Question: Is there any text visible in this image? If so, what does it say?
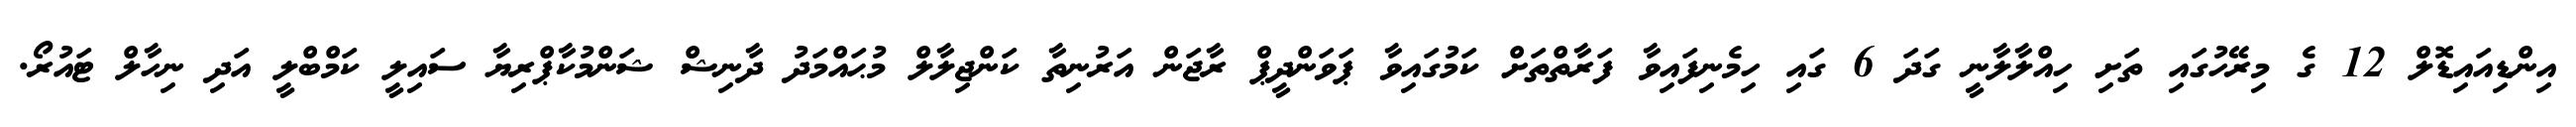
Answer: އިންޑިއައިޑޮލް 12 ގެ މިރޭހުގައި ތަށި ހިއްލާލާނީ ގަދަ 6 ގައި ހިމެނިފައިވާ ފަރާތްތަށް ކަމުގައިވާ ޕަވަންދީޕް ރާޖަން އަރުނިތާ ކަންޖިލާލް މުޙައްމަދު ދާނިޝް ޝަންމުކާޕްރިޔާ ސައިލީ ކަމްބްލީ އަދި ނިހާލް ޓައުރޯ.